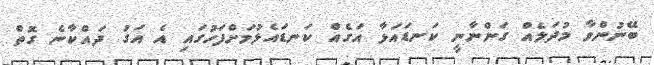
ބޭނުންވާ މުދަލެއް ގަންނާނީ ކަނޑައަޅާ އަގެއް ކަނޑައެޅުމަށްފަހުގައި އެ އަގު ދައްކާނެ ގޮތް